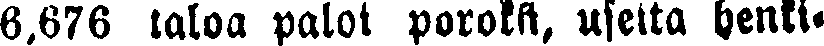
6.676 taloa paloi poroksi, useita henki-